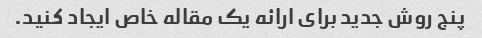
پنج روش جدید برای ارائه یک مقاله خاص ایجاد کنید.